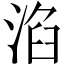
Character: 淊